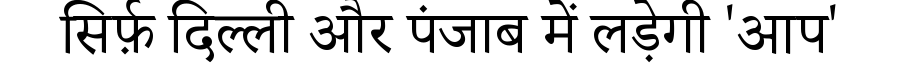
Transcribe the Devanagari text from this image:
सिर्फ़ दिल्ली और पंजाब में लड़ेगी 'आप'